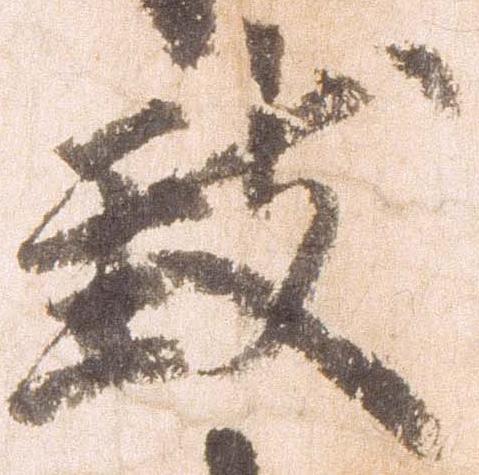
致